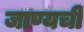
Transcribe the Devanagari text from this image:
जाण्यची